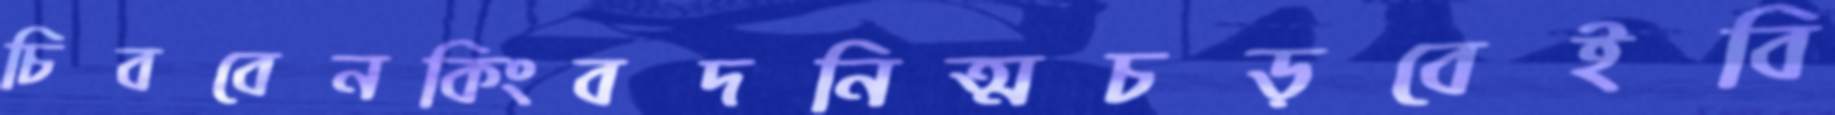
চিববেনকিংবদনিত্মচড়বেইবি